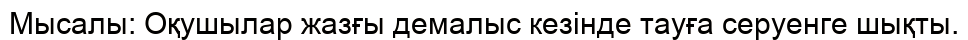
Мысалы: Оқушылар жазғы демалыс кезінде тауға серуенге шықты.